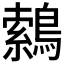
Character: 𮭈